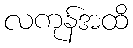
လကုန်အထိ